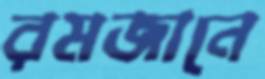
রমজানে